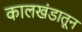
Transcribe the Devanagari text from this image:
कालखंडातून